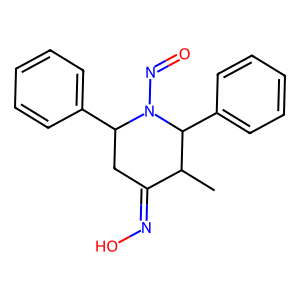
SMILES: CC1C(=NO)CC(c2ccccc2)N(N=O)C1c1ccccc1
Inhibits HIV replication: No